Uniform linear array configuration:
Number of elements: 16
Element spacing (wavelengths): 0.75
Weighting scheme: blackman
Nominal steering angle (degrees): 15
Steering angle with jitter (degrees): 14.533
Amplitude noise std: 0.05
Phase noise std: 0.05

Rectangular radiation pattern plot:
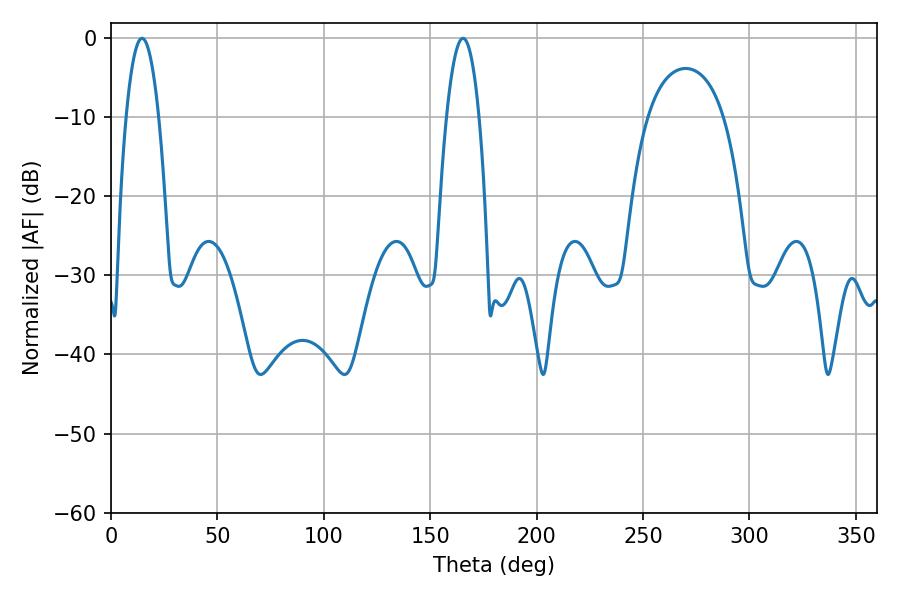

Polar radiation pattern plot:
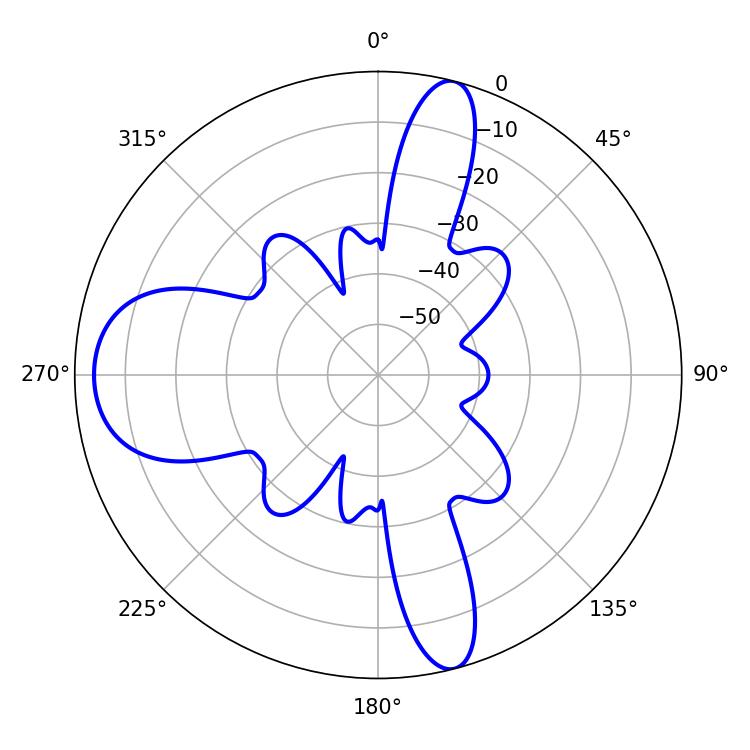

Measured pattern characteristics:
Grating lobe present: TRUE
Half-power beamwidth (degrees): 8.46
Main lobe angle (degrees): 165.42